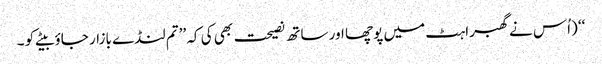
‘‘ (اُس نے گھبراہٹ میں پوچھا اور ساتھ نصیحت بھی کی کہ ’’تم لنڈے بازار جاؤ بیٹے کو ۔